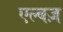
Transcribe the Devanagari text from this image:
एल्बज़